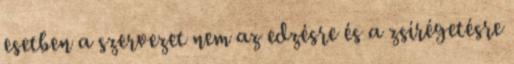
esetben a szervezet nem az edzésre és a zsírégetésre